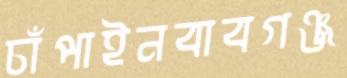
চাঁপাইনবাবগঞ্জ